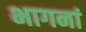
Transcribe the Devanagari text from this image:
भागनां